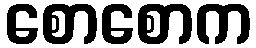
စောစောက